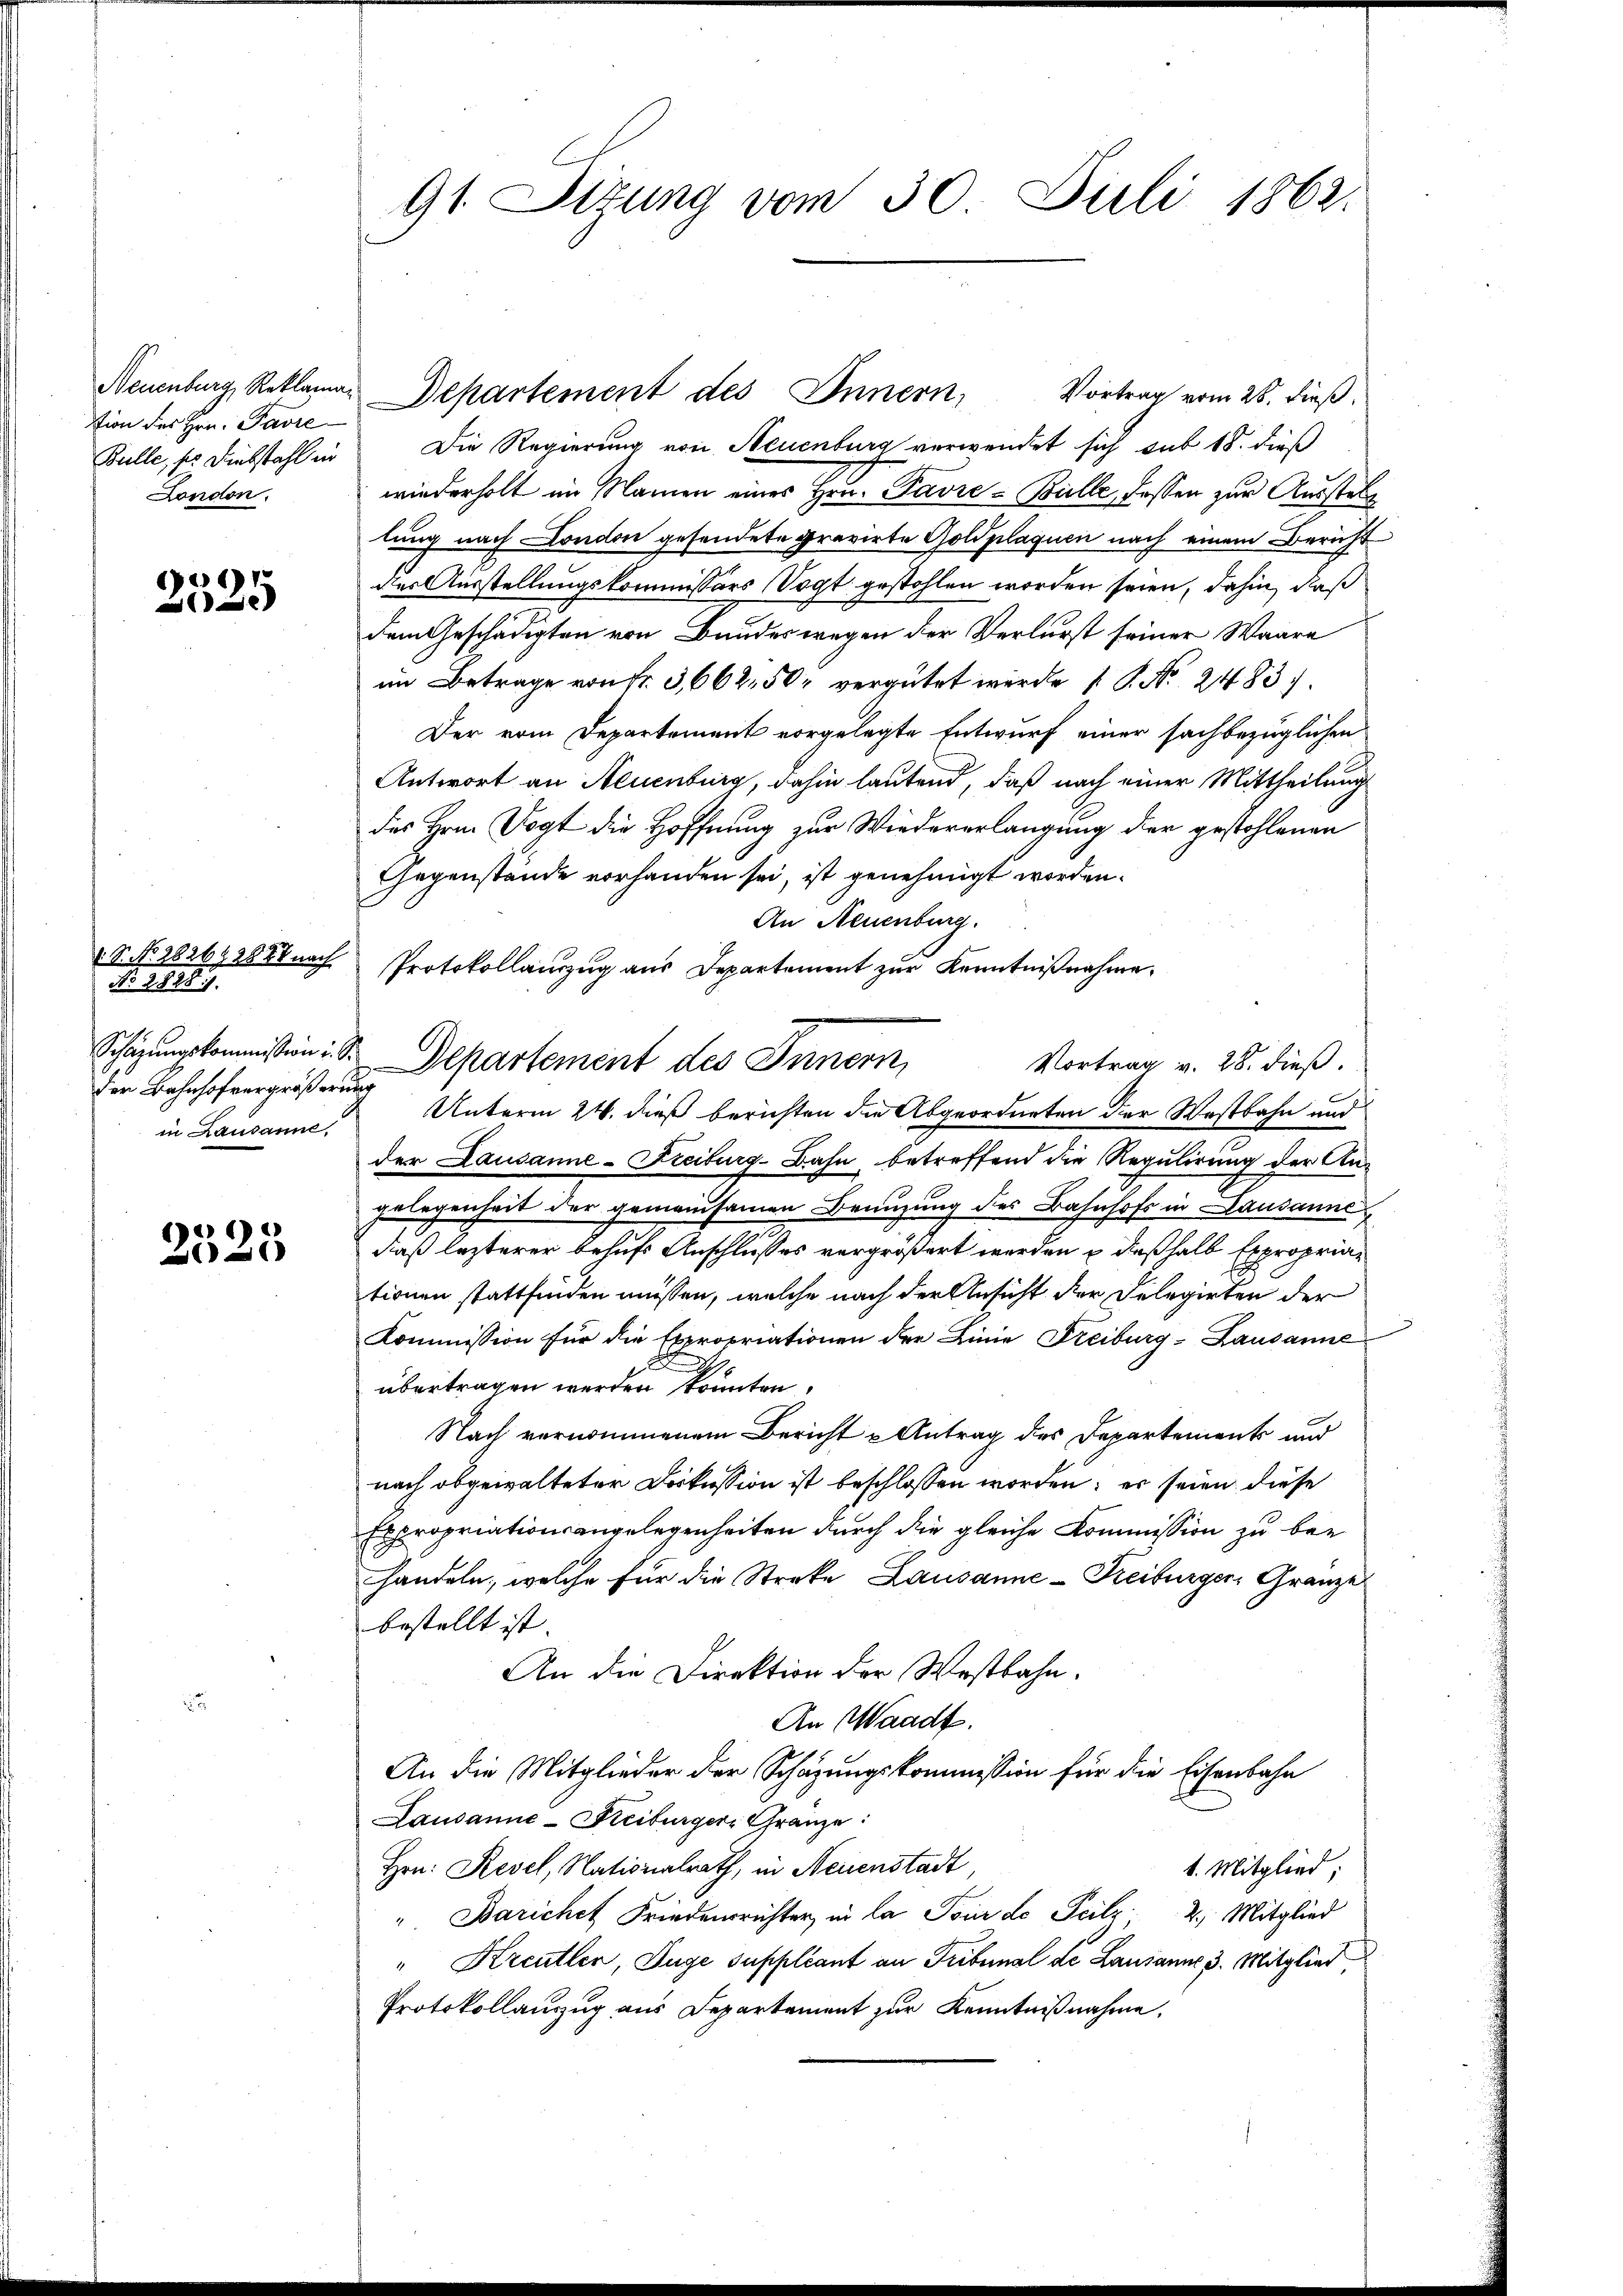
stion des Hrn. Pavre
London.

2525

. P. No. 282692888 nach
No 2828).
der Bahnhofvergrößerung
in Lausanne,

2
2525

Bulle, so Diebstahl in Die Regierung von Neuenburg verwendet sich sub 18. dieß
wiederholt im Namen eines Hrn. Pavre-Bülle, fassen zur Ausstell
lung nach London gesendete gravirte Goldplaquen nach einem Bericht
der Ausstellungskommissors Vogt gestohlen worden seien, dahin, daß
dem Geschädigten von Bundeswegen der Verlurst seiner Waare
im Betrage von fr. 3,662, 50 vergütet werde  P. Nr. 2483.
Der vom Departement vorgelegte Entwurf einer sachbezüglichen
Antwort an Neuenburg, dahin lautend, daß nach einer Mittheilung
des Hrn. Vogt die Hoffnung zur Wiedererlangung der gestohlenen
Gegenstände vorhanden sei, ist genehmigt worden.
An Neuenburg.
Protokollauszug aus Departement zur Kenntnißnahme.
Vortrag v. 28. dieß.
Unterm 24. dieß berichten die Abgeordneten der Westbahn und
der Lausanne-Freiburg-Bahn betreffend die Regulirung der Angelegenheit der gemeinsamen Benuzung des Bahnhofs in Lausanne
daß lezterer behufs Anschlusses vergrößert werden u deßhalb Expropriationen stattfinden müssen, welche nach der Ansicht der Delegirten der
Kommission für die Expropriationen der Linie Freiburg-Lausanne
t
übertragen werden konnten,
Nach vernommenem Bericht u Antrag des Departements und
nach abgewalteter Dockussion ist beschlossen worden; er seien diese
Expropriationsangelegenheiten durch die gleiche Kommission zu ber
handeln, welche für die Streke Lausanne-Keiburger, Gränze
bestellt ist. |
An die Direktion der Westbahn.
An Waadt.
An die Mitglieder der Schazungskommission für die Eisenbahn
Lausanne-Keiburger Gränze:
Hrn. Revel, Nationalrath, in Neuenstadt,
t. Mitglied;
"Barichet Friedensrichter in la Tour de Teilz 2. Mitglied
"Kreutler, Juge Suppleant an Tribunal de Lausanne 3. Mitglied
Protokollauszug aus Departement zur Kenntnißnahme.

91. Sttung vom 30. Juli 1862.

Neuenburg, Reklamar Departement des Innern, Vortrag vom 28. dieβ.

Schazungskommission : S. Departement des Innern,